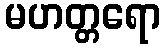
မဟတ္တရော